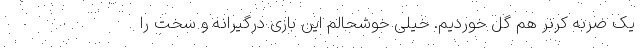
یک ضربه کرنر هم گل خوردیم. خیلی خوشحالم این بازی درگیرانه و سخت را